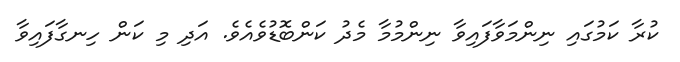
ކުރާ ކަމުގައި ނިންމަވާފައިވާ ނިންމުމާ މެދު ކަންބޮޑުވެއެވެ. އަދި މި ކަން ހިނގާފައިވާ